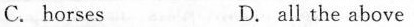
C. horses D. all the above